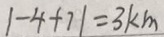
\vert - 4 + 7 \vert = 3 k m